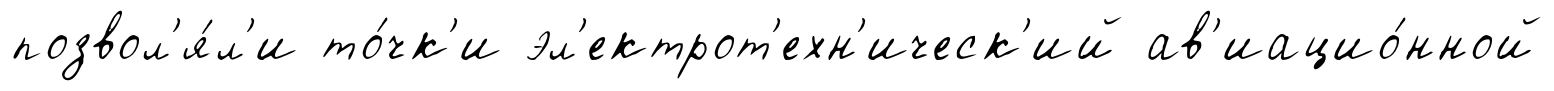
позвол'я́л'и то́чк'и эл'ектрот'ехн'ическ'ий ав'иацио́нной